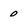
Character: 0